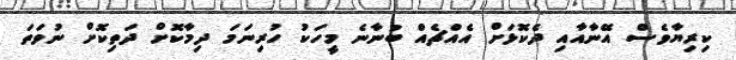
ކިރިޔާވެސް އޭނާއާއި ދެކޮޅަށް އެއްޗެއް ބުނާނެ މީހަކު ހުރިނަމަ ދިމާކޮށް ދަތިކޮށް ނުވަތަ